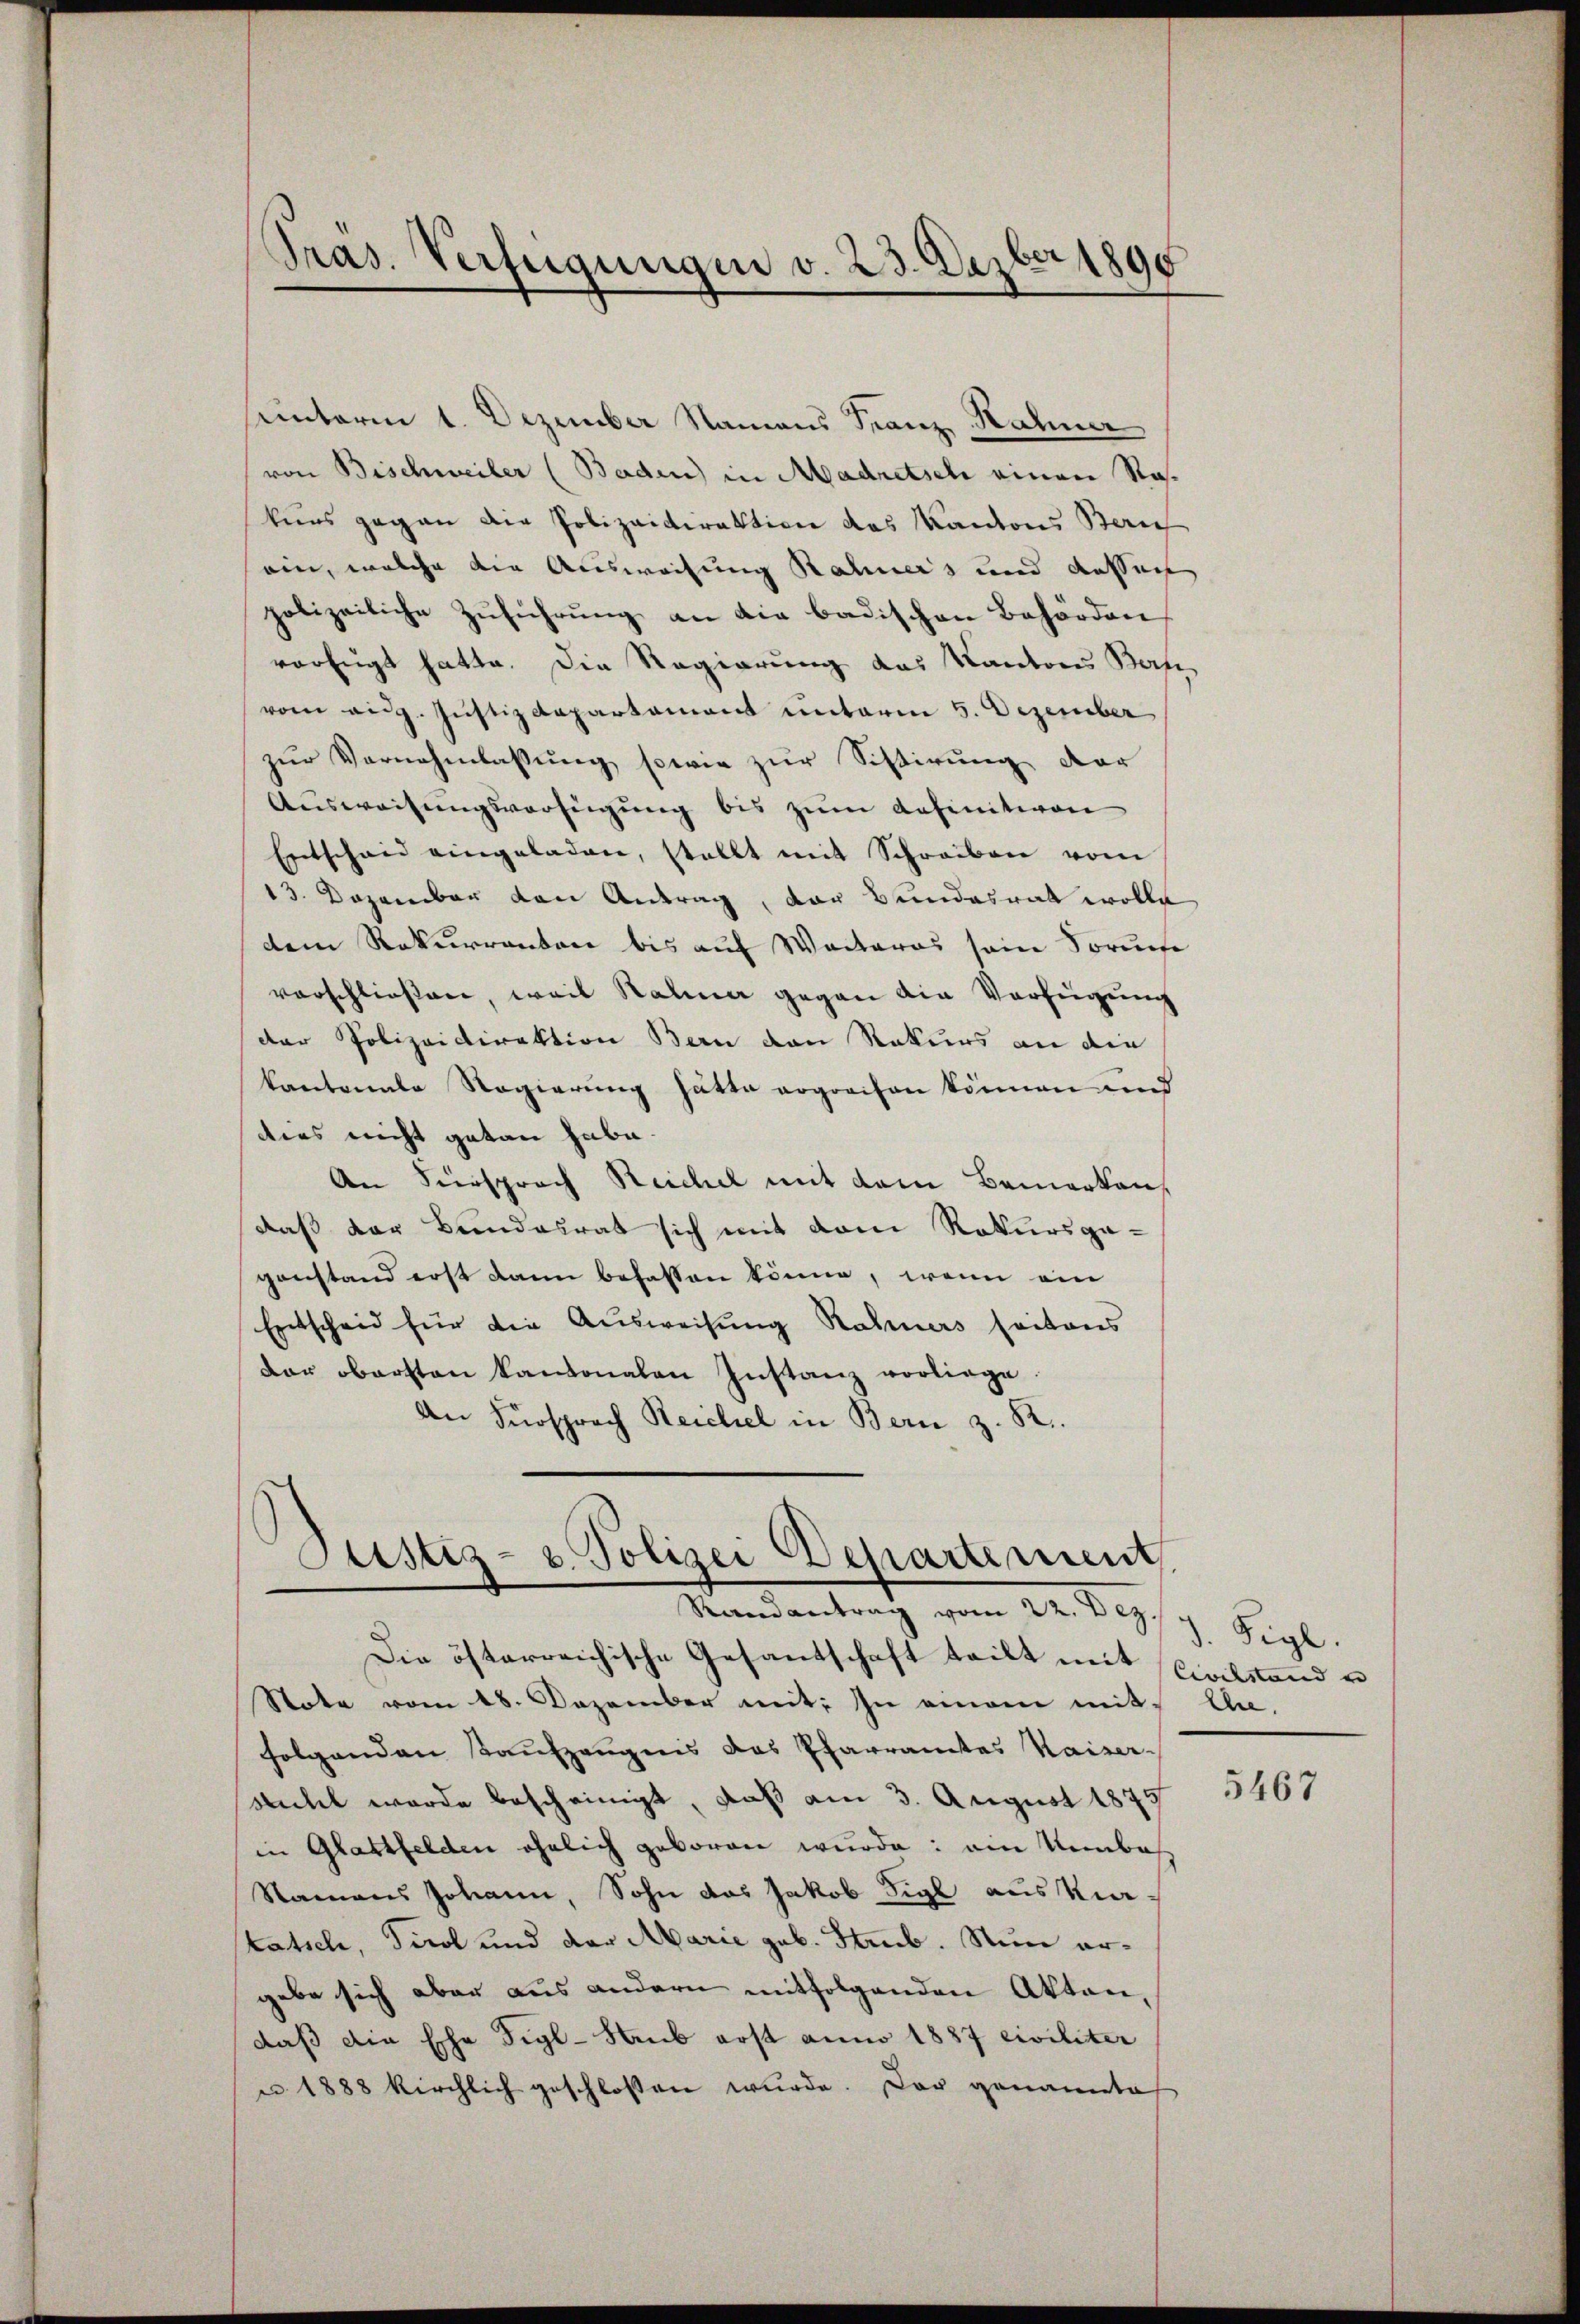
Pras. Verfügungen v. 23. Dezbr 1890

unterm 1. Dezember Namens Franz Hahner
von Bischweiler (Baden) in Madretsch einen Rakurs gegen die Polizeidirektion des Kantons Zürich
ein, welche die Ausweisung Rahners und Kassach
polizeiliche Zuführung an die badischen Behörden
vorzugt hatte. Die Regierung das Kantons Bern
vom eidg. Justizdepartament unterm 5. Dezember
zur Vernehmlassung sowie zur Sistirung der
Ausweisungsverfügung bis zum Definitiven
Entschaid eingeladen, stellt mit Schreiben vom
13. Dezember von Antrag, der Bundesrat wolle
dem Rekurrenten bis auf Weiteres sein Spruche
vorschließen, weil Rahme gegen die Verfügung
der Polizeidirektion Bern von Rekurs an die
kantonale Regierung hätte ergreifen können und
dies nicht getan habe.
An Fürsprach Reichel mit dem Bemerken,
daß der Bundesrat sich mit dem Rekursga-
zanstand erst dann befassen könne, wenn ein
Entscheid für die Ausweisung Rahners seitens
der obersten kantonalen Instanz vorliege.
An Fürsprach Reichel in Bern z. R.

Justiz- u. Polizei Departement
Ramantrag vom 22. Dez.

Die österreichische Gesandschaft teilt mit Civilstand u
Stote vom 18. Dezember mit: In einem mit An-
folgenden Kaufzeugens das Pfarramtes Kaiser-
suchel wurde bescheinigt, daß am 3. August 1879
in Glattfelden ähnlich geboren wurde: am Unbeh
Namens Johann, Sohn das Jakob Sigl aus Kirtatsch, Tirol und der Marie geb. Stub. Nun ergebe sich aber aus andern mitfolgenden Akten,
daß die Ehe Sigl-Staub erst anno 1887 civiliter
 1888 kirchlich geschlossen wurde. Der genannte

3. Sigl.

5467